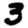
Digit: 3